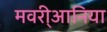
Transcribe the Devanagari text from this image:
मवरी्आनिया